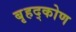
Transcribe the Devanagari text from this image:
बृहद्कोण